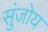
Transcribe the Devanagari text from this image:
सुंजोय